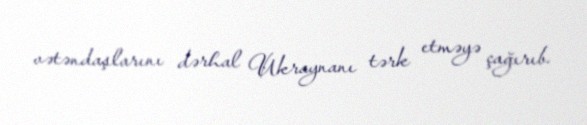
vətəndaşlarını dərhal Ukraynanı tərk etməyə çağırıb.